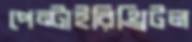
পেন্টাইরিথ্রিটল